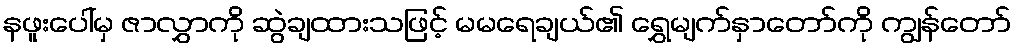
နဖူးပေါ်မှ ဇာလွှာကို ဆွဲချထားသဖြင့် မမရေချယ်၏ ရွှေမျက်နှာတော်ကို ကျွန်တော်